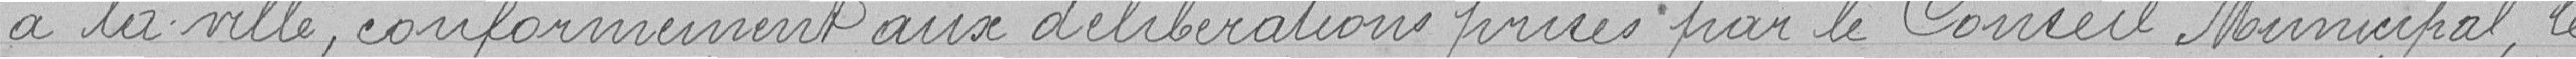
à la ville, conformément aux délibérations prises par le Conseil Municipal, le